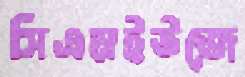
সিএমইউজে